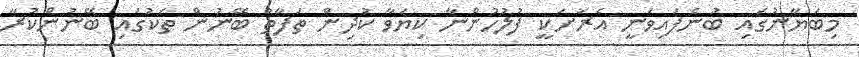
މިބަޔާނުގައި ބުނެފައިވަނީ އެރަށަކީ ފުލުހުންނާ ކިޔަވާ ކުދިން ތަފާތު ބޭނުން ތަކުގައި ބޭނުންކުރާ